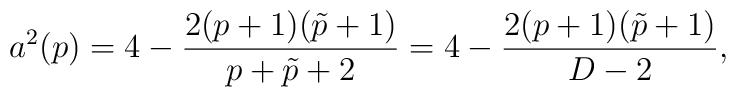
a^2(p)=4-{{2(p+1)(\tilde{p}+1)}\over{p+\tilde{p}+2}}=4-{{2(p+1)(\tilde{p}+1)}\over{D-2}},